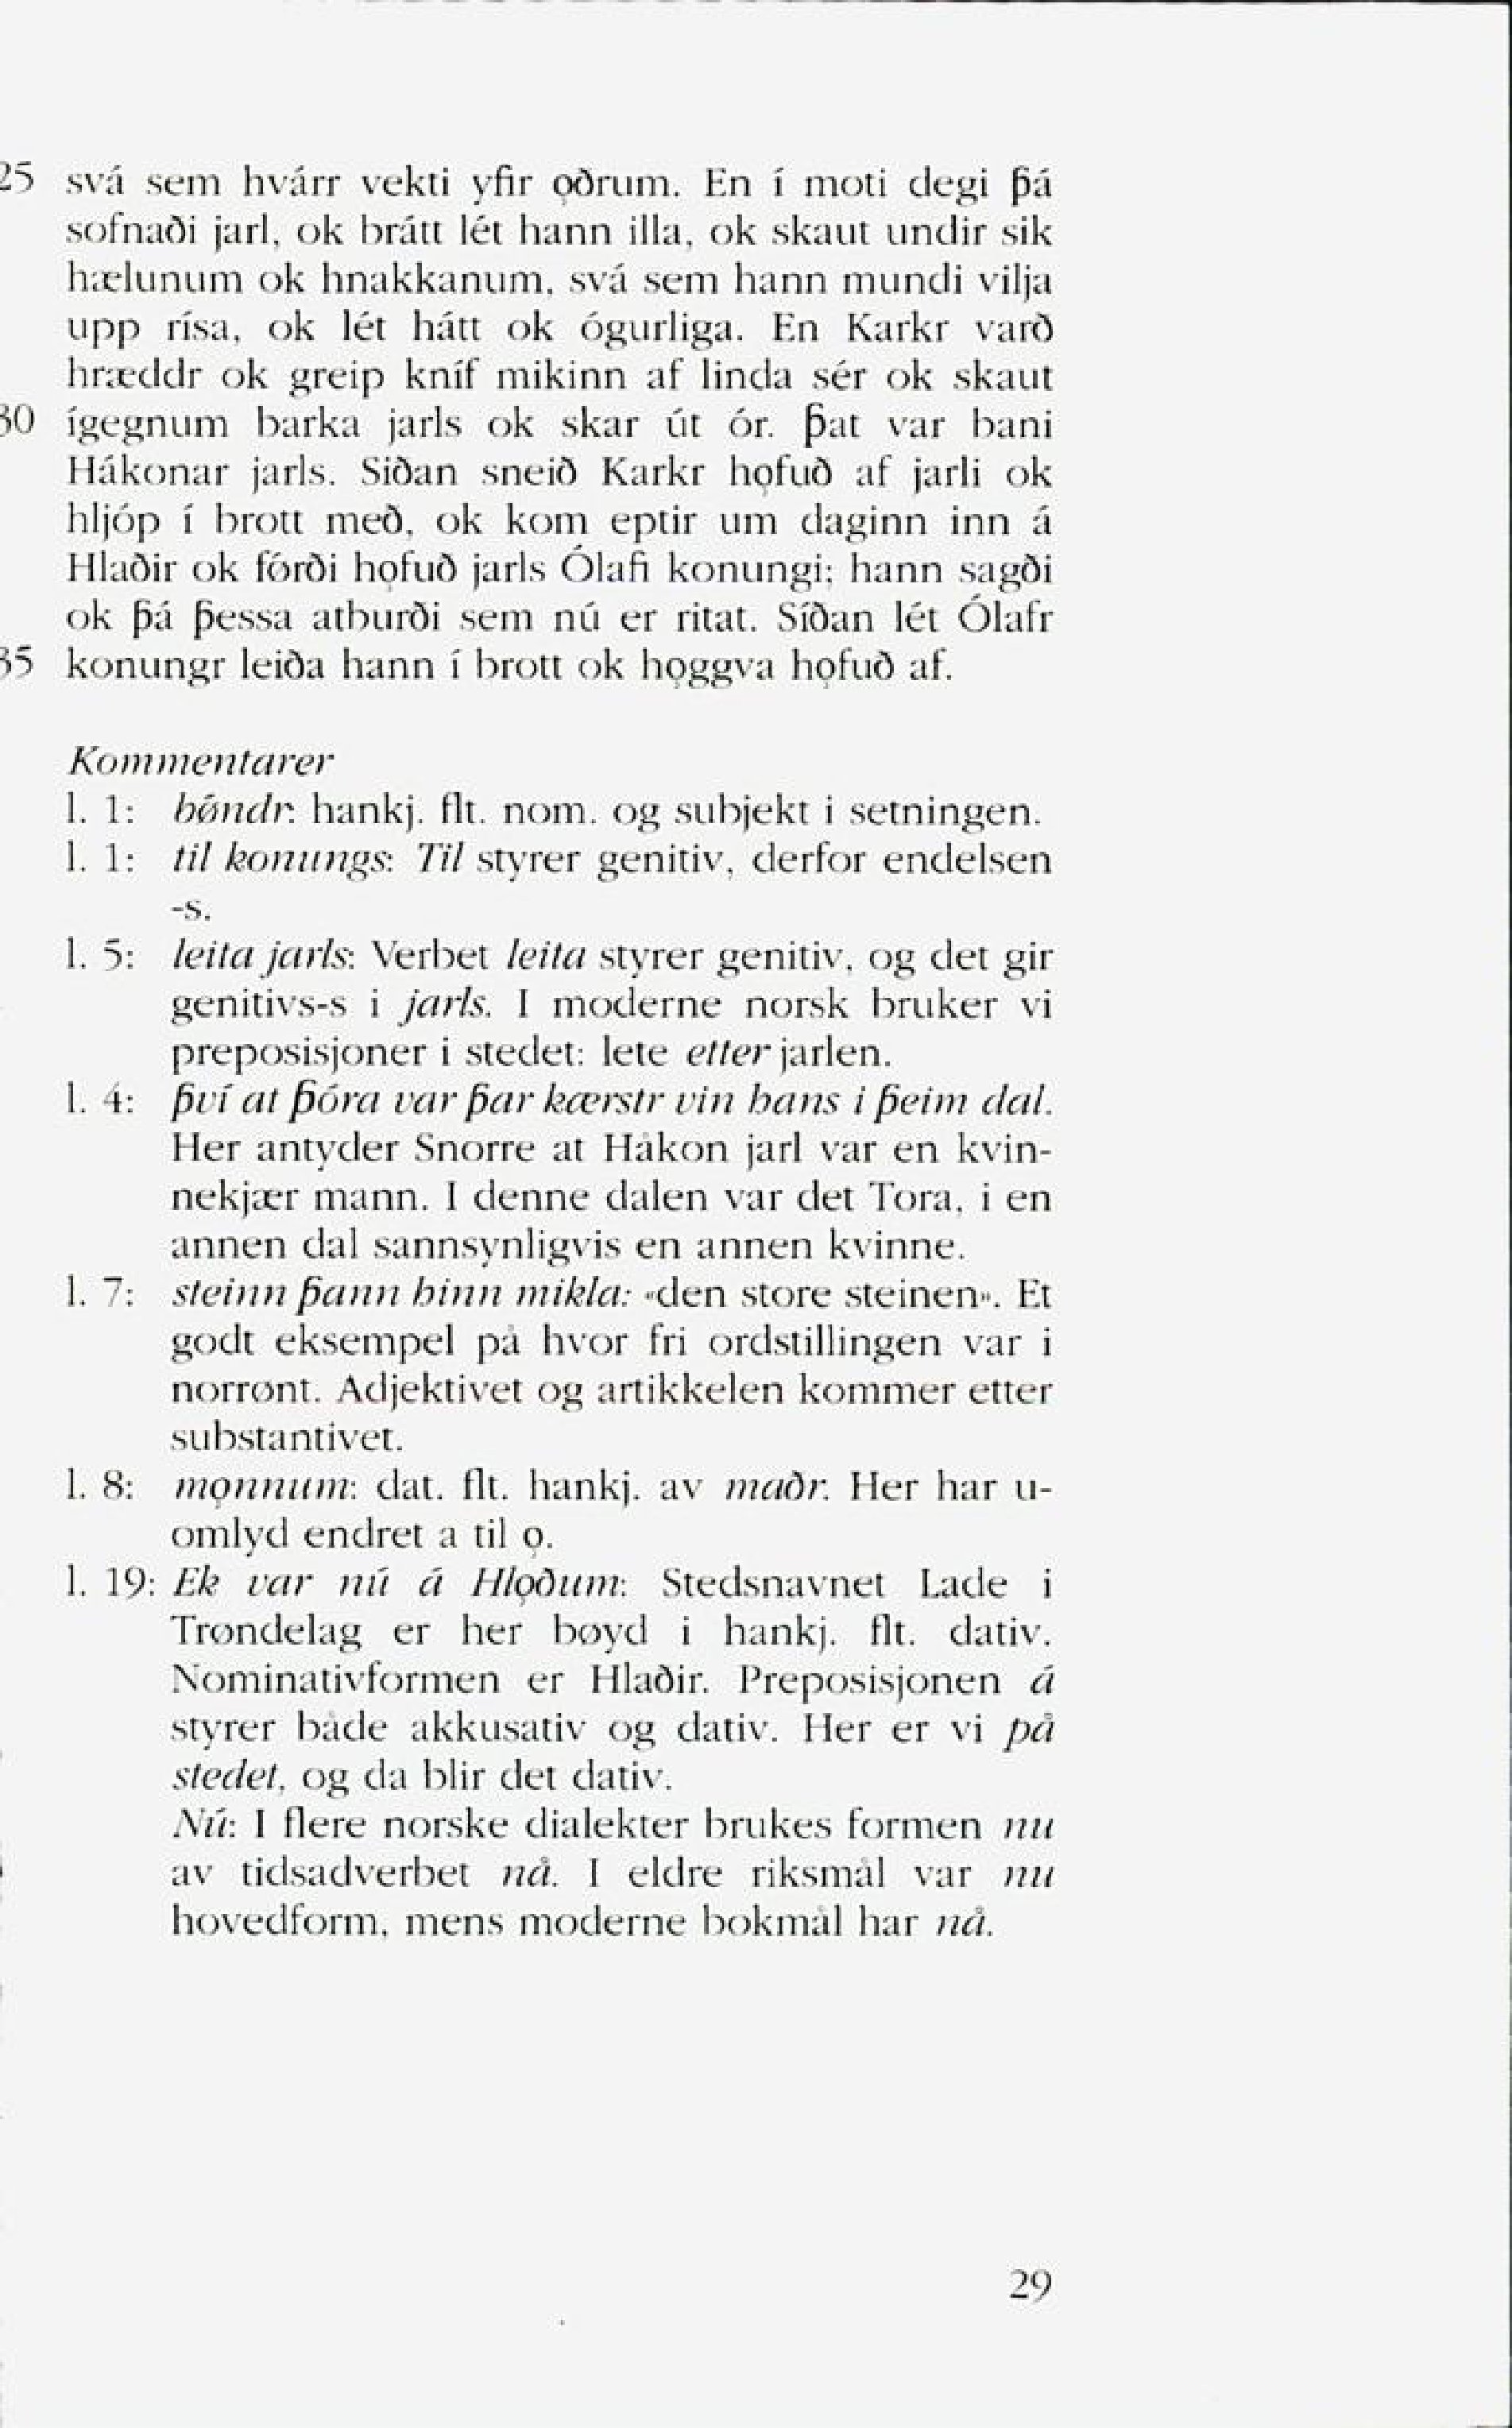
Language: no